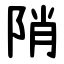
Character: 陗